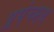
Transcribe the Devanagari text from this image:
प्रपंच्मय